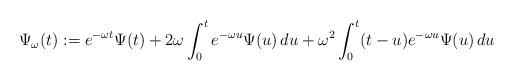
LaTeX: \begin{align*} \Psi_\omega(t):= e^{-\omega t} \Psi(t) + 2\omega \int_{0}^{t} e^{-\omega u} \Psi(u) \, du + \omega^2 \int_{0}^{t} (t-u)e^{-\omega u} \Psi(u) \, du \end{align*}